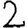
Digit: 2